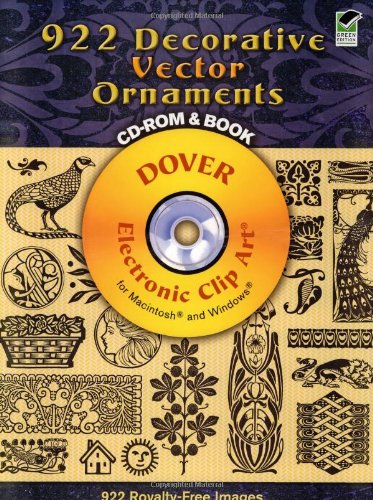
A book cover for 922 Decorative Vector Ornaments CD-ROM and Book (Dover Electronic Clip Art); Arts & Photography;